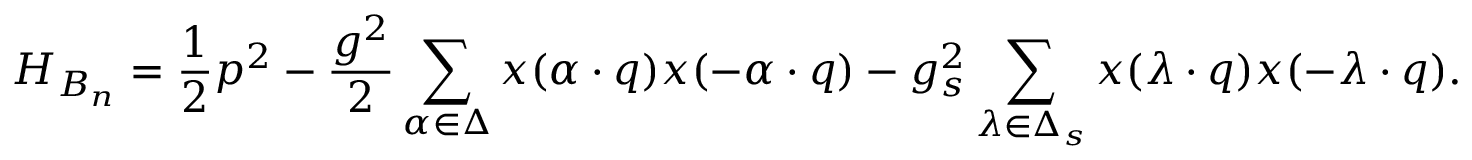
{ \cal H } _ { B _ { n } } = { \frac { 1 } { 2 } } p ^ { 2 } - { \frac { g ^ { 2 } } { 2 } } \sum _ { \alpha \in \Delta } x ( \alpha \cdot q ) x ( - \alpha \cdot q ) - { g _ { s } ^ { 2 } } \sum _ { \lambda \in \Delta _ { s } } x ( \lambda \cdot q ) x ( - \lambda \cdot q ) .